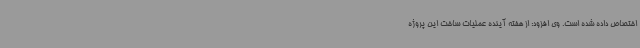
اختصاص داده شده است. وی افزود: از هفته آینده عملیات ساخت این پروژه